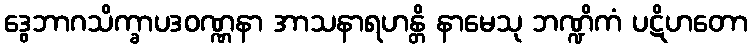
ဒွေဘာဂသိက္ခာပဒဝဏ္ဏနာ အာသနာရဟန္တိ နာမေသု ဘဏ္ဍိကံ ပဋိဟတော